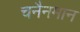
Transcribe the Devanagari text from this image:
चनैनमान